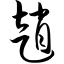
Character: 赵